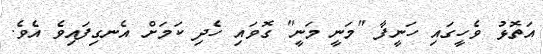
އަތޮޅު ވެހީގައި ހަނީފާ "މަނީ މަނީ" ގޮވައި ހެދި ކަމަށް އެނގިފައިވެ އެވެ.